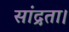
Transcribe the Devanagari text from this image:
सांद्रता।